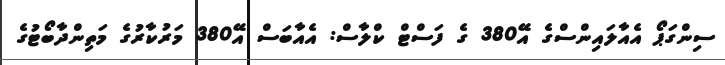
ސިންގަޕޯ އެއާލައިންސްގެ އޭ380 ގެ ފަސްޓް ކްލާސް: އެއާބަސް އޭ380 މަރުކާރުގެ މަތިންދާބޯޓުގެ